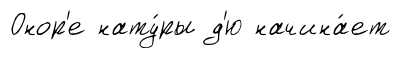
Онор'е нату́ры д'ю начина́ет